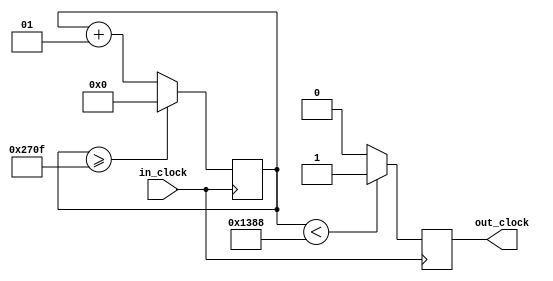
module clock_divider #(
    parameter DIVISOR = 10000
    ) (
    input in_clock,
    
    output reg out_clock = 0
    );

    integer counter = 0;

    always @(posedge in_clock) begin
        counter <= (counter >= DIVISOR-1) ? 0 : counter + 1;
        out_clock <= (counter < DIVISOR/2) ? 1 : 0;
    end
endmodule